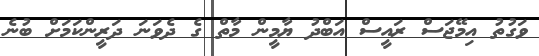
ވަގުތު އިމޭޖަސް ރައީސް އަބްދު ޔާމީން މާތް ގެ ދެވަނަ ދަރީންކަމަށް ބުނެ